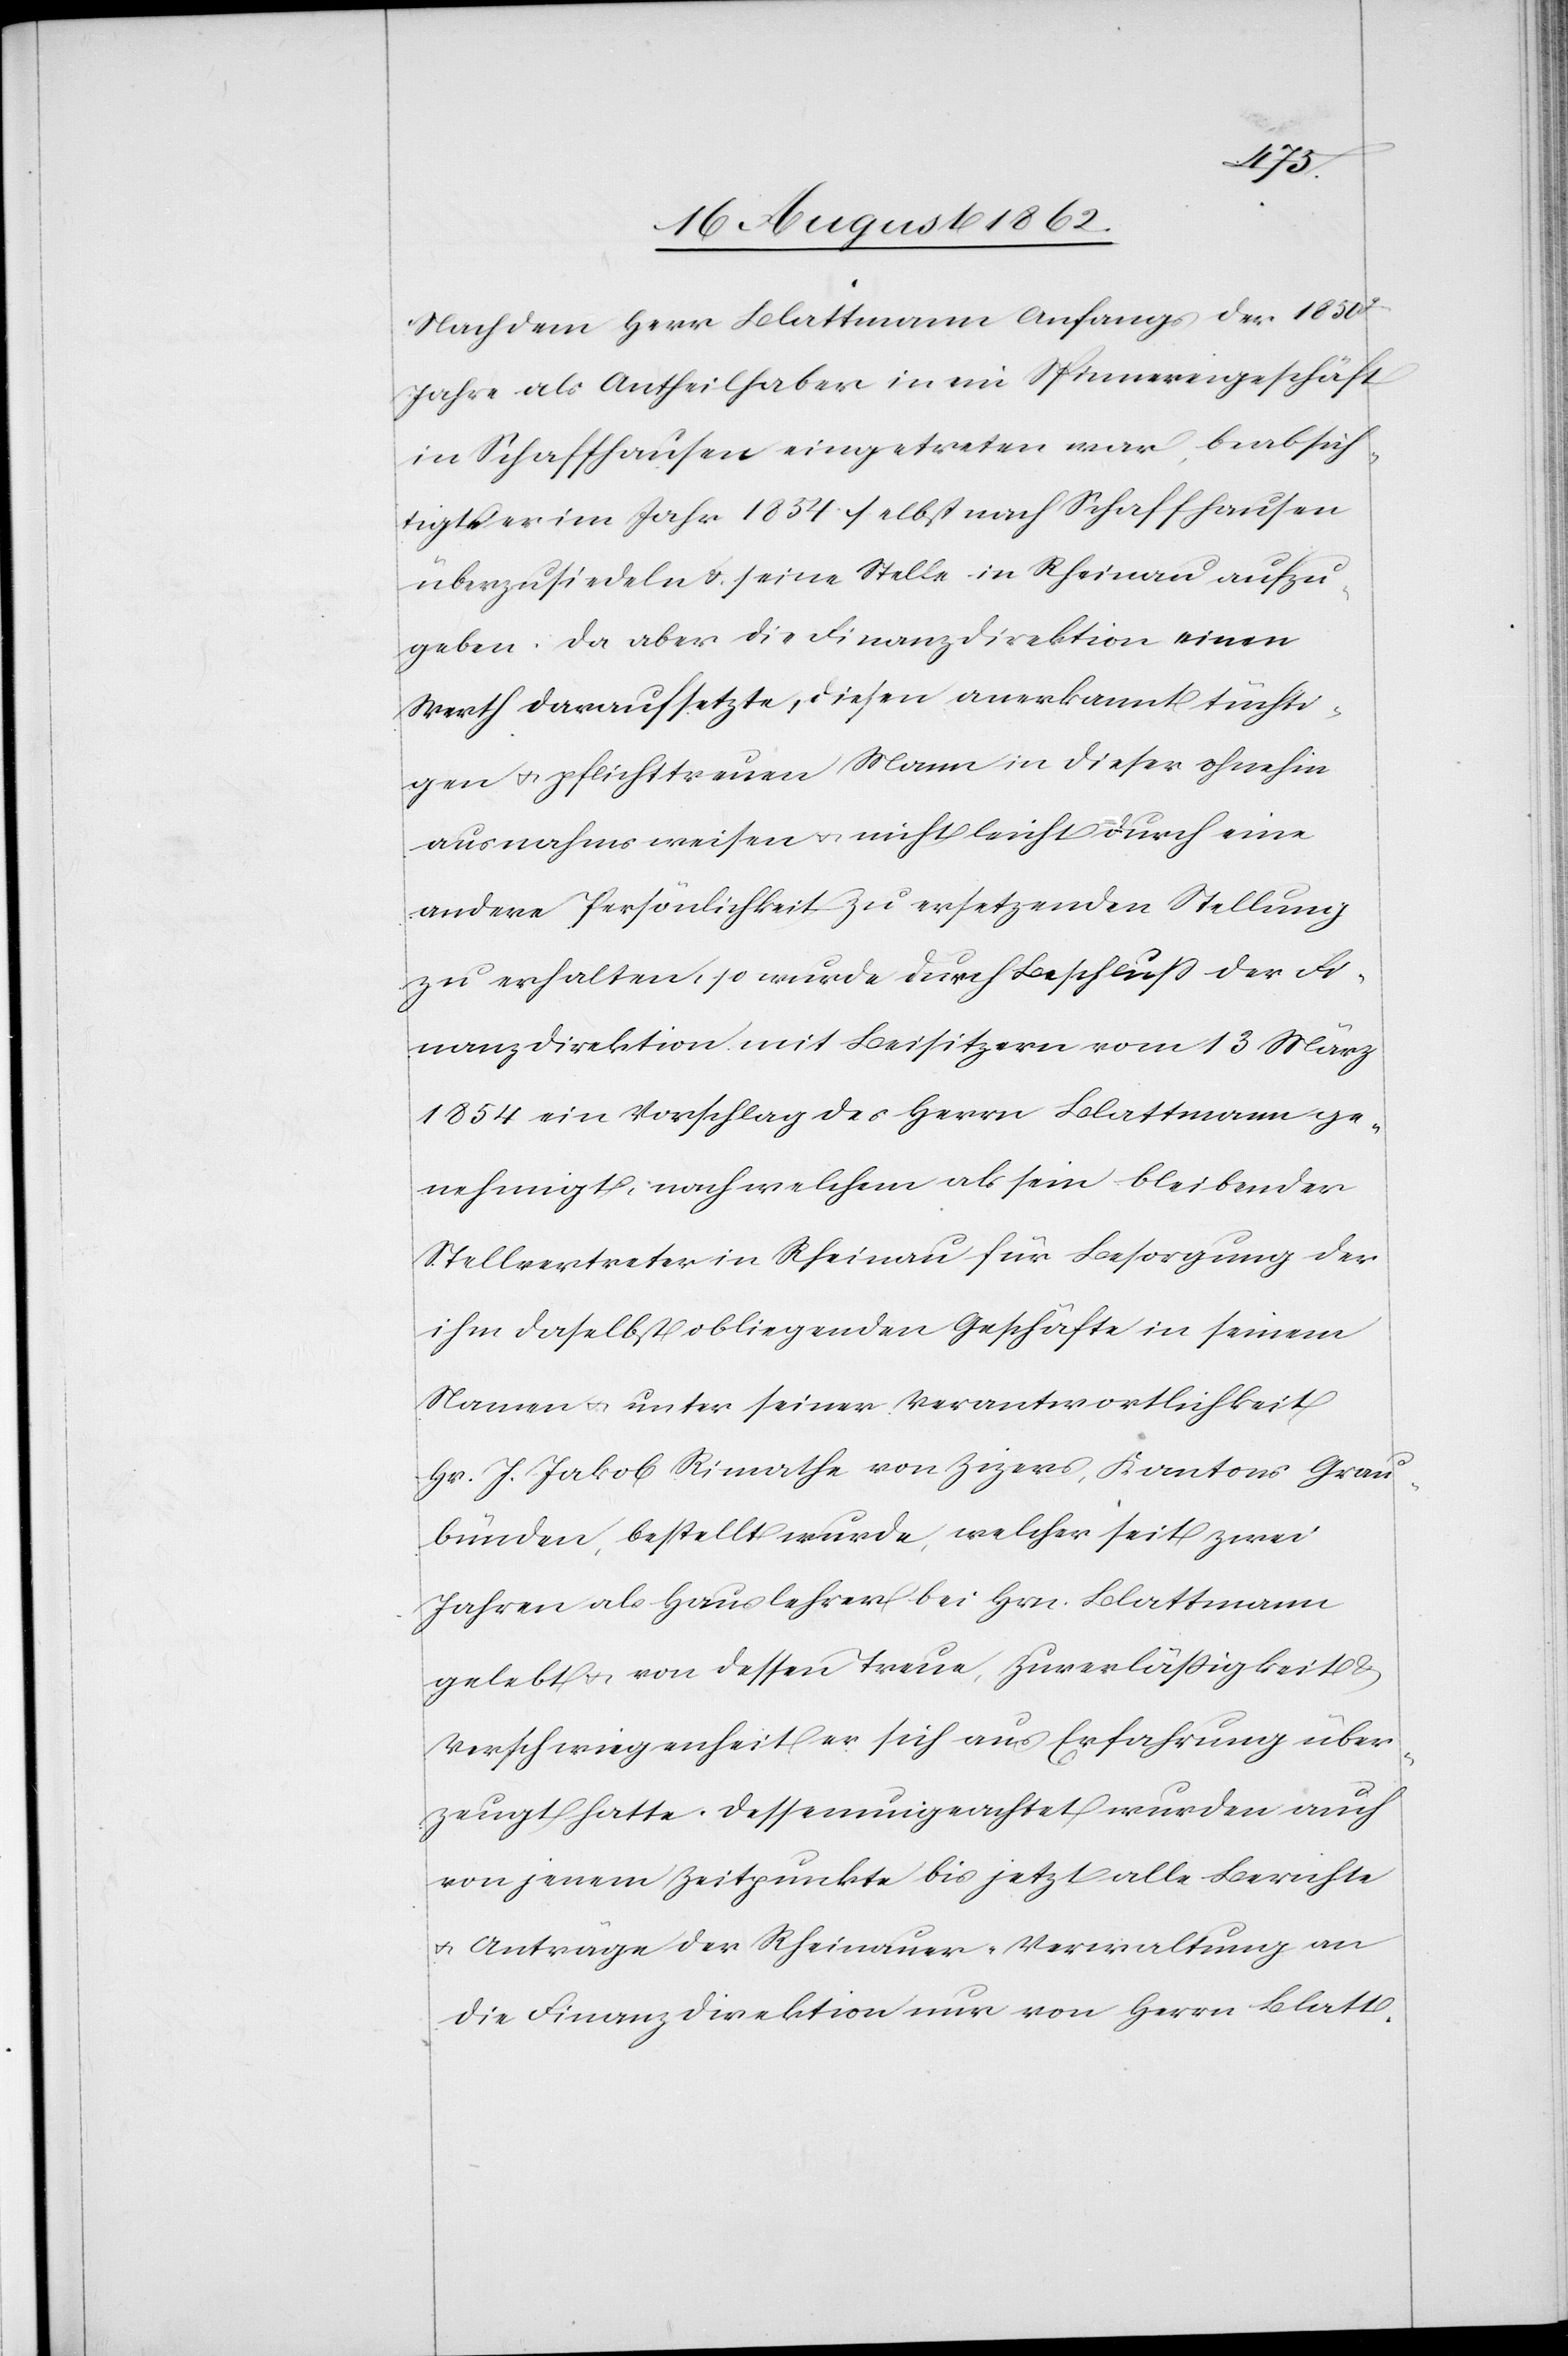
Nachdem Herr Blattmann Anfangs der 1850r
Jahre als Antheilhaber in ein Spinnereigeschäft
in Schaffhausen eingetreten war, beabsich¬
tigte er im Jahr 1854 selbst nach Schaffhausen
überzusiedeln u. seine Stelle in Rheinau aufzu¬
geben. Da aber die Finanzdirektion einen
Werth darauf setzte, diesen anerkannt tüchti¬
gen u. pflichttreuen Mann in dieser ohnehin
ausnahmsweisen u. nicht leicht durch eine
andere Persönlichkeit zu ersetzenden Stellung
zu erhalten, so wurde durch Beschluß der Fi¬
nanzdirektion mit Beisitzern vom 13. März
1854 ein Vorschlag des Herrn Blattmann ge¬
nehmigt, nach welchem als sein bleibender
Stellvertreter in Rheinau für Besorgung der
ihm daselbst obliegenden Geschäfte in seinem
Namen u. unter seiner Verantwortlichkeit
Hr. J. Jakob Rimathe von Zizers, Kantons Grau¬
bünden, bestellt wurde, welcher seit zwei
Jahren als Hauslehrer bei Hrn. Blattmann
gelebt u. von dessen Treue, Zuverläßigkeit u.
Verschwiegenheit er sich aus Erfahrung über¬
zeugt hatte. Dessenungeachtet wurden auch
von jenem Zeitpunkte bis jetzt alle Berichte
u. Anträge der Rheinauer-Verwaltung an
die Finanzdirektion nur von Herrn Blatt-